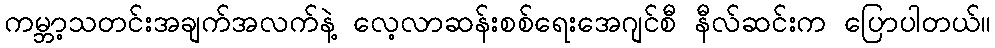
ကမ္ဘာ့သတင်းအချက်အလက်နဲ့ လေ့လာဆန်းစစ်ရေးအေဂျင်စီ နီလ်ဆင်းက ပြောပါတယ်။